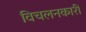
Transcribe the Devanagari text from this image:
विचलनकारी